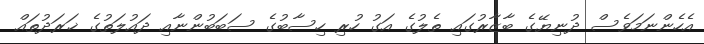
އެހެންނަމަވެސް ދުނިޔޭގެ ބާޒާރުގައި ތެލުގެ އަގު ހުރި ހިސާބުގެ ސަބަބުންނާއި ދައުލަތުގެ ޚަރަދުތައް